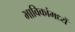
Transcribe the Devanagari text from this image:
भाविकांमध्यें